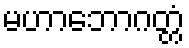
မဟာဘောဂတ္တံ